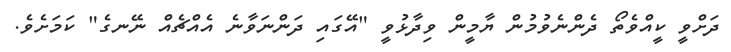
ދަށްވީ ކީއްވެތޯ ދެންނެވުމުން ޔާމީން ވިދާޅުވީ "އޭގައި ދަންނަވާނެ އެއްޗެއް ނޭނގެ" ކަމަށެވެ.